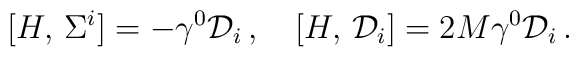
[H,\,\Sigma^{i}]=-\gamma^{0}{\cal D}_{i}\,,\quad[H,\,{\cal D}_{i}]=2M\gamma^{0}{\cal D}_{i}\,.